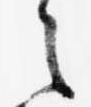
之